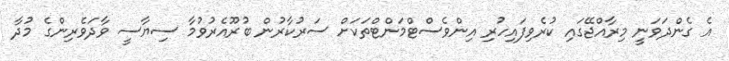
އެ ގެންދަވަނީ މިރާއްޖޭގައި ކުރެވިފައިހުރި އިންވެސްޓްމަންޓްތަކަށް ސަރުކާރުން ބުރޫއެރުވުމާ ސިޔާސީ ވާދަވެރިންގެ މުދާ